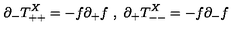
\partial _ { - } T _ { + + } ^ { X } = - f \partial _ { + } f \ , \ \partial _ { + } T _ { -- } ^ { X } = - f \partial _ { - } f